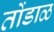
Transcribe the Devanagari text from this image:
तोंडाळ